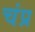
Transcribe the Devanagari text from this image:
चंप्र